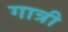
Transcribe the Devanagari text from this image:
गात्री